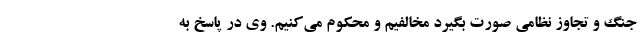
جنگ و تجاوز نظامی صورت بگیرد مخالفیم و محکوم می‌کنیم. وی در پاسخ به